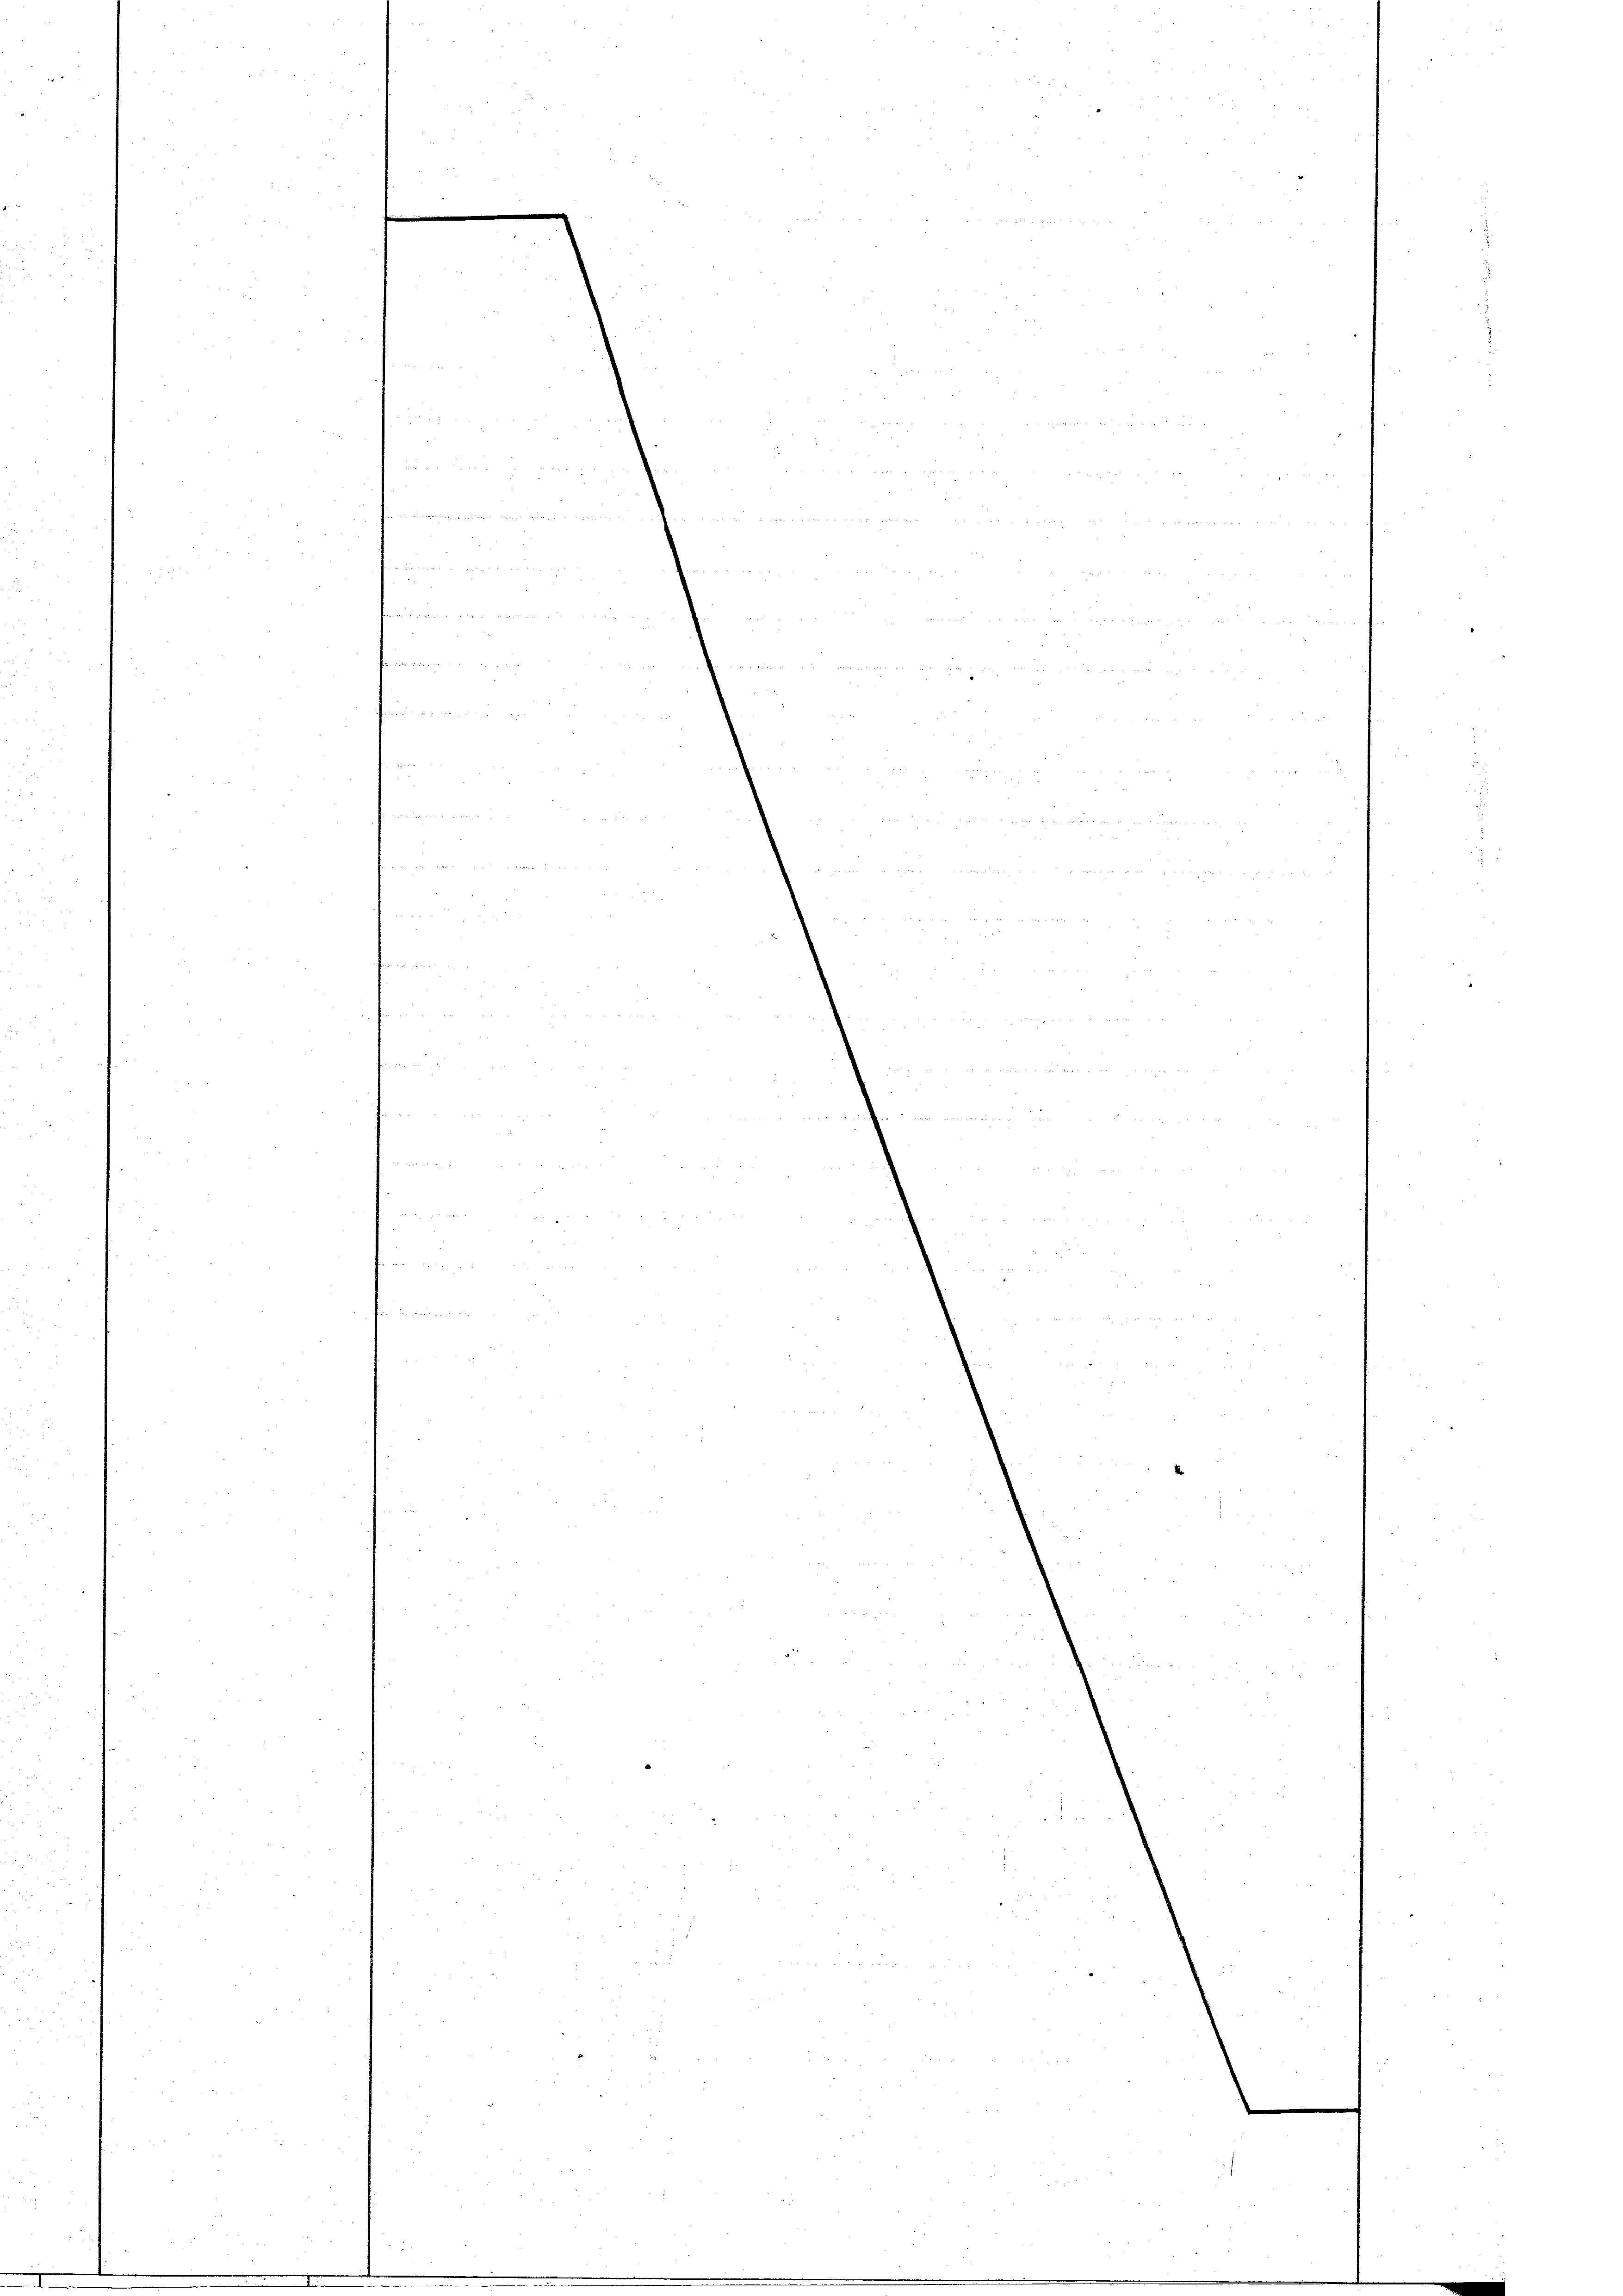
.